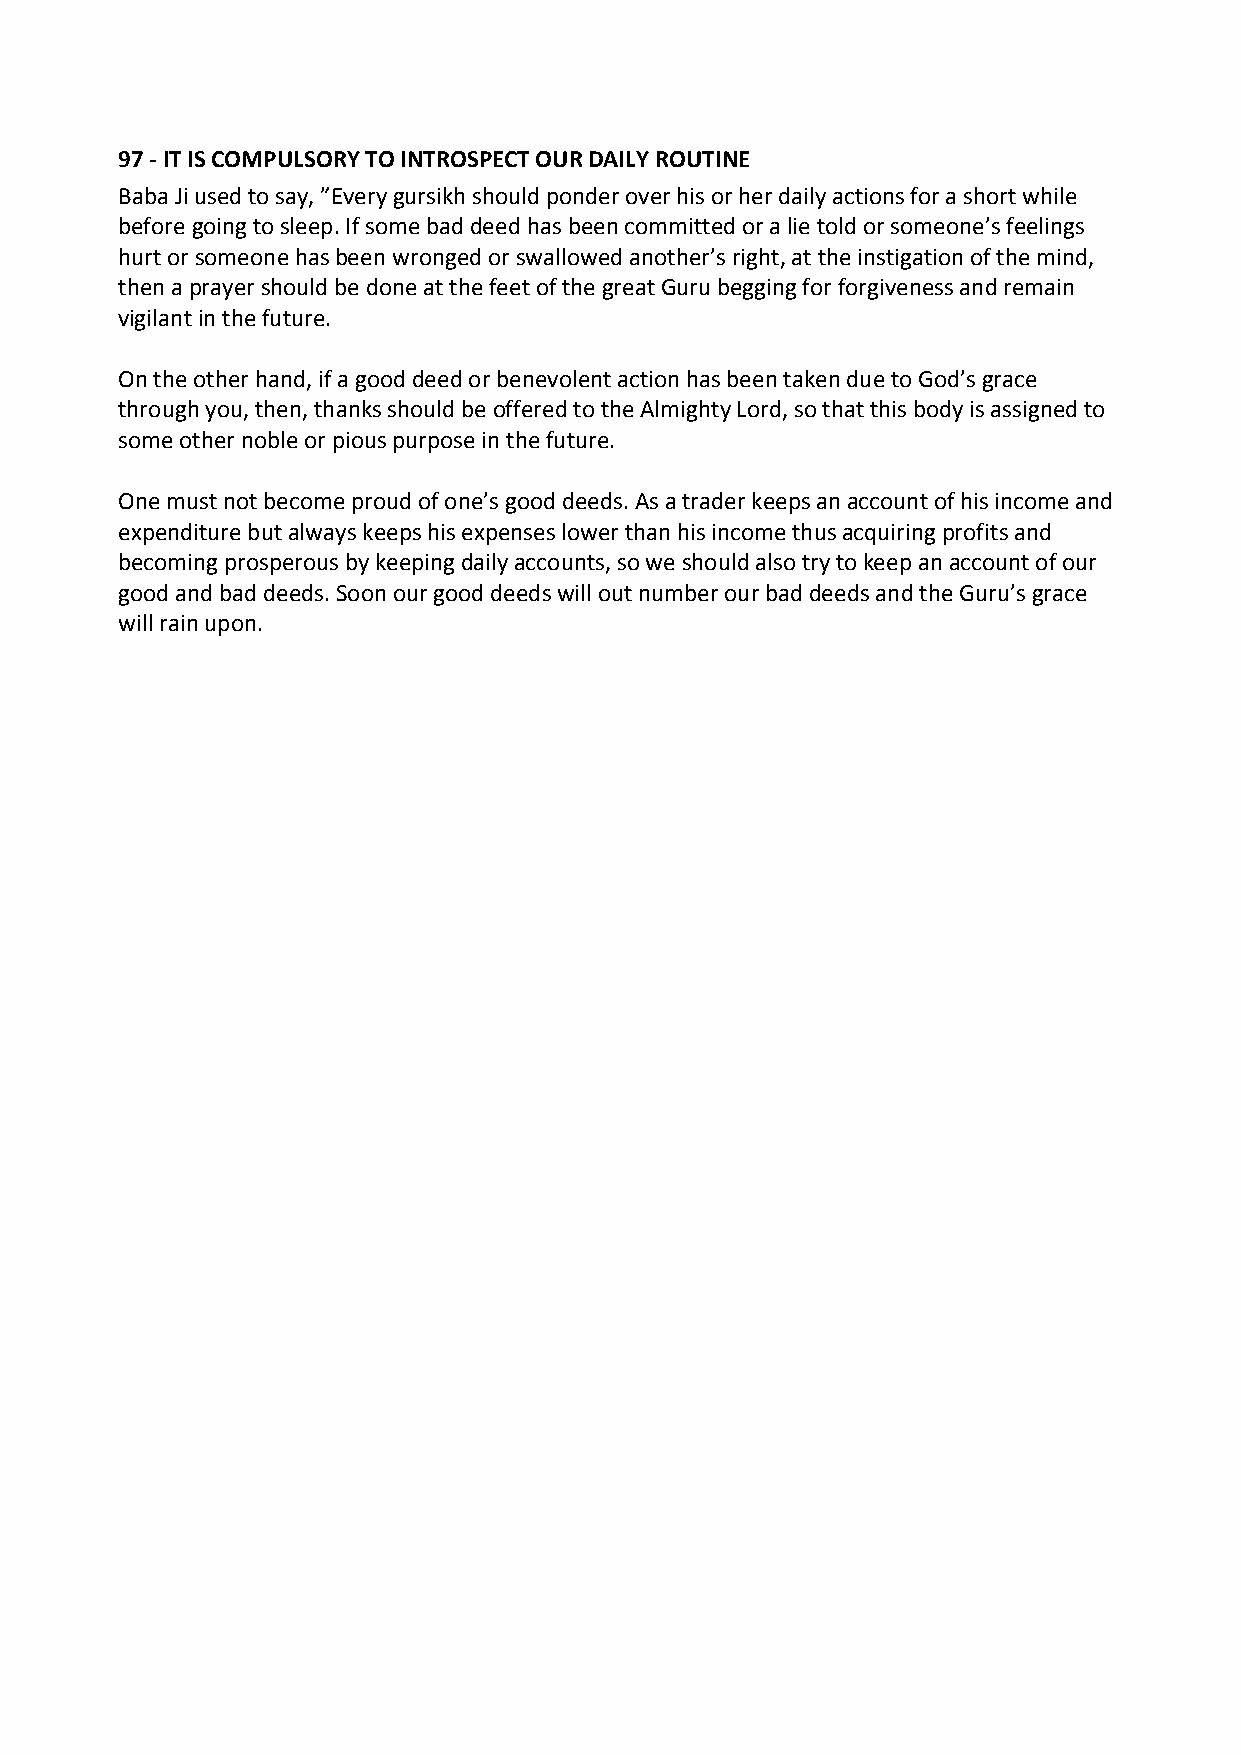
97 ‐ IT IS COMPULSORY TO INTROSPECT OUR DAILY ROUTINE
 Baba Ji used to say, ”Every gursikh should ponder over his or her daily actions for a short while
 before going to sleep. If some bad deed has been committed or a lie told or someone’s feelings
 hurt or someone has been wronged or swallowed another’s right, at the instigation of the mind,
 then a prayer should be done at the feet of the great Guru begging for forgiveness and remain
 vigilant in the future.
 On the other hand, if a good deed or benevolent action has been taken due to God’s grace
 through you, then, thanks should be offered to the Almighty Lord, so that this body is assigned to
 some other noble or pious purpose in the future.
 One must not become proud of one’s good deeds. As a trader keeps an account of his income and
 expenditure but always keeps his expenses lower than his income thus acquiring profits and
 becoming prosperous by keeping daily accounts, so we should also try to keep an account of our
 good and bad deeds. Soon our good deeds will out number our bad deeds and the Guru’s grace
 will rain upon.